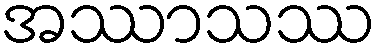
အဿာသဿ